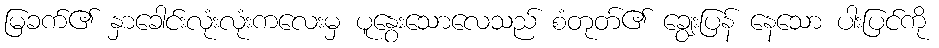
မြခက်၏ နှာခေါင်းလုံးလုံးကလေးမှ ပူနွေးသောလေသည် စံတုတ်၏ ချွေးပြန် နေသော ပါးပြင်ကို